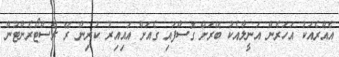
އެއްރެއަކު އަހަރެން އަނީލާއެކު ބޭރަށް ގޮސްފައި ގެއަށް އައިއިރު ކުރިން ރޭ ރެސްޓޯރެންޓުން